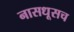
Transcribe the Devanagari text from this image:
नासधूसच